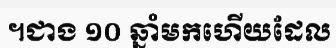
។ជាង ១០ ឆ្នាំមកហើយដែល